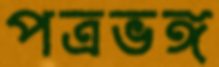
পত্রভঙ্গ